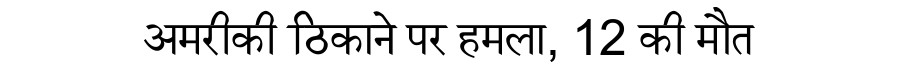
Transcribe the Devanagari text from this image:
अमरीकी ठिकाने पर हमला, 12 की मौत